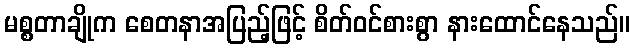
မစ္စတာချိုက စေတနာအပြည့်ဖြင့် စိတ်ဝင်စားစွာ နားထောင်နေသည်။